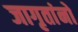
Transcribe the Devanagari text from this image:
जागृतांनो